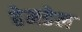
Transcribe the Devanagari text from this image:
हेमडेल